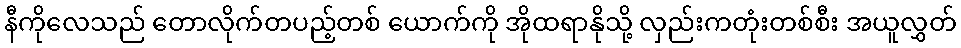
နီကိုလေသည် တောလိုက်တပည့်တစ် ယောက်ကို အိုထရာနိုသို့ လှည်းကတုံးတစ်စီး အယူလွှတ်